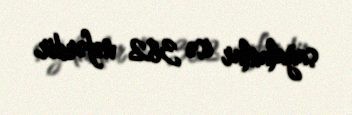
sağalanlar isə 382 nəfərdir.